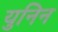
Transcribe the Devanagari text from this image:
युनिन